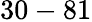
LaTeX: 30-81